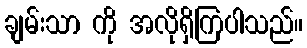
ချမ်းသာ ကို အလိုရှိကြပါသည်။